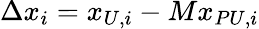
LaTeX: \Delta x_{i}=x_{U,i}-Mx_{PU,i}